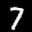
Label: 7